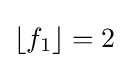
\left\lfloor f_{1}\right\rfloor =2